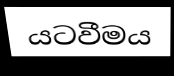
යටවීමය